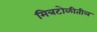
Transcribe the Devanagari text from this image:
मित्रटोळीतील